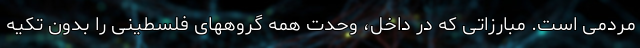
مردمی است. مبارزاتی که در داخل، وحدت همه گروههای فلسطینی را بدون تکیه